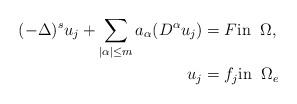
LaTeX: \begin{align*}(-\Delta)^s u_j + \sum_{|\alpha|\leq m} a_\alpha(D^\alpha u_j) & = F \mbox{in} \;\;\Omega, \\u_j & = f_j \mbox{in} \;\;\Omega_e \end{align*}